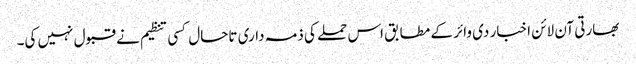
بھارتی آن لائن اخبار دی وائر کے مطابق اس حملے کی ذمہ داری تاحال کسی تنظیم نے قبول نہیں کی۔